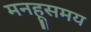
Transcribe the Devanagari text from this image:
मनहूसमय